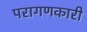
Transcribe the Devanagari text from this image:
परागणकारी